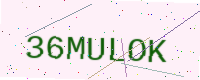
Text: 36MULOK